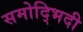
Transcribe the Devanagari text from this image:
समोद्भिदी